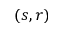
( s , r )